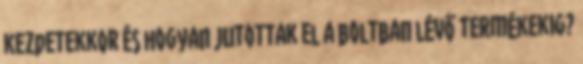
kezdetekkor és hogyan jutottak el a boltban lévő termékekig?